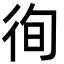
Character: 徇